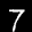
Label: 7